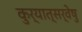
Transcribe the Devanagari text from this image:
कुर्यात्सर्वेषु